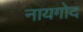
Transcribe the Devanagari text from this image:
नायगोद